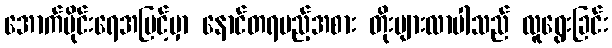
အောက်ပိုင်းရေအမြင့်မှာ နောင်တရမည့်အစား တိုးများလာပါသည် လူရွေးခြင်း